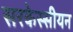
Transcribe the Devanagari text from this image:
सरकेस्सीयन